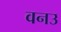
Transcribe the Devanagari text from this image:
वनउ